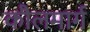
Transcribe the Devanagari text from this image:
कौलमार्ग